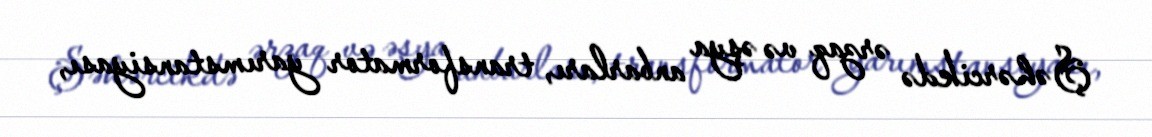
Şəhərcikdə ərzaq və əşya anbarları, transformator yarımstansiyası,